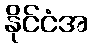
နိုင်ငံအ